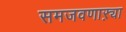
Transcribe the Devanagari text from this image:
समजवणाऱ्या